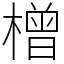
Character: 橧